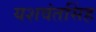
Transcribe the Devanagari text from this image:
यशवंतसिंह